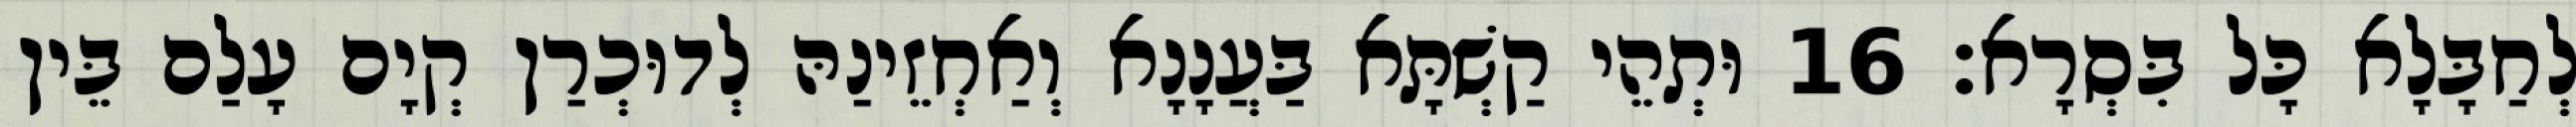
לְחַבָּלָא כָּל בִּסְרָא׃ 16 וּתְהֵי קַשְׁתָּא בַּעֲנָנָא וְאַחְזֵינַהּ לְדוּכְרַן קְיָם עָלַם בֵּין